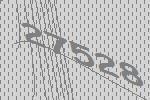
27528